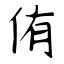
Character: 侑